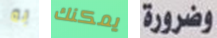
به يمكنك وضرورة